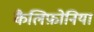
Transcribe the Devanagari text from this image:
कैलिफ़ोनिया